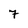
Character: 7